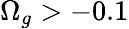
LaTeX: \Omega_{g}>-0.1